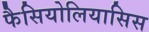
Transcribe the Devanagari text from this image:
फैसियोलियासिस